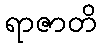
ရာဇာတိ